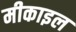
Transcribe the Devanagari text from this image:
मीकाइल